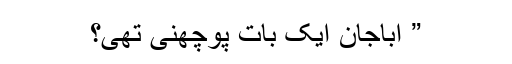
” اباجان ایک بات پوچھنی تھی؟